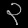
Digit: ၃